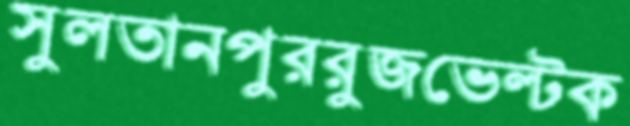
সুলতানপুররুজভেল্টক